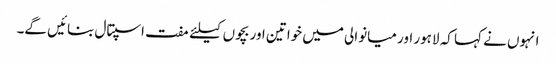
انہوں نے کہا کہ لاہور اور میانوالی میں خواتین اور بچوں کیلئے مفت اسپتال بنائیں گے۔